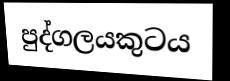
පුද්ගලයකුටය